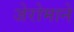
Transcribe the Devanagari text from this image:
जेरोमाने